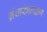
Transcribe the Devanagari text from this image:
ग्रंथारंभलक्षण